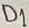
Text: D1